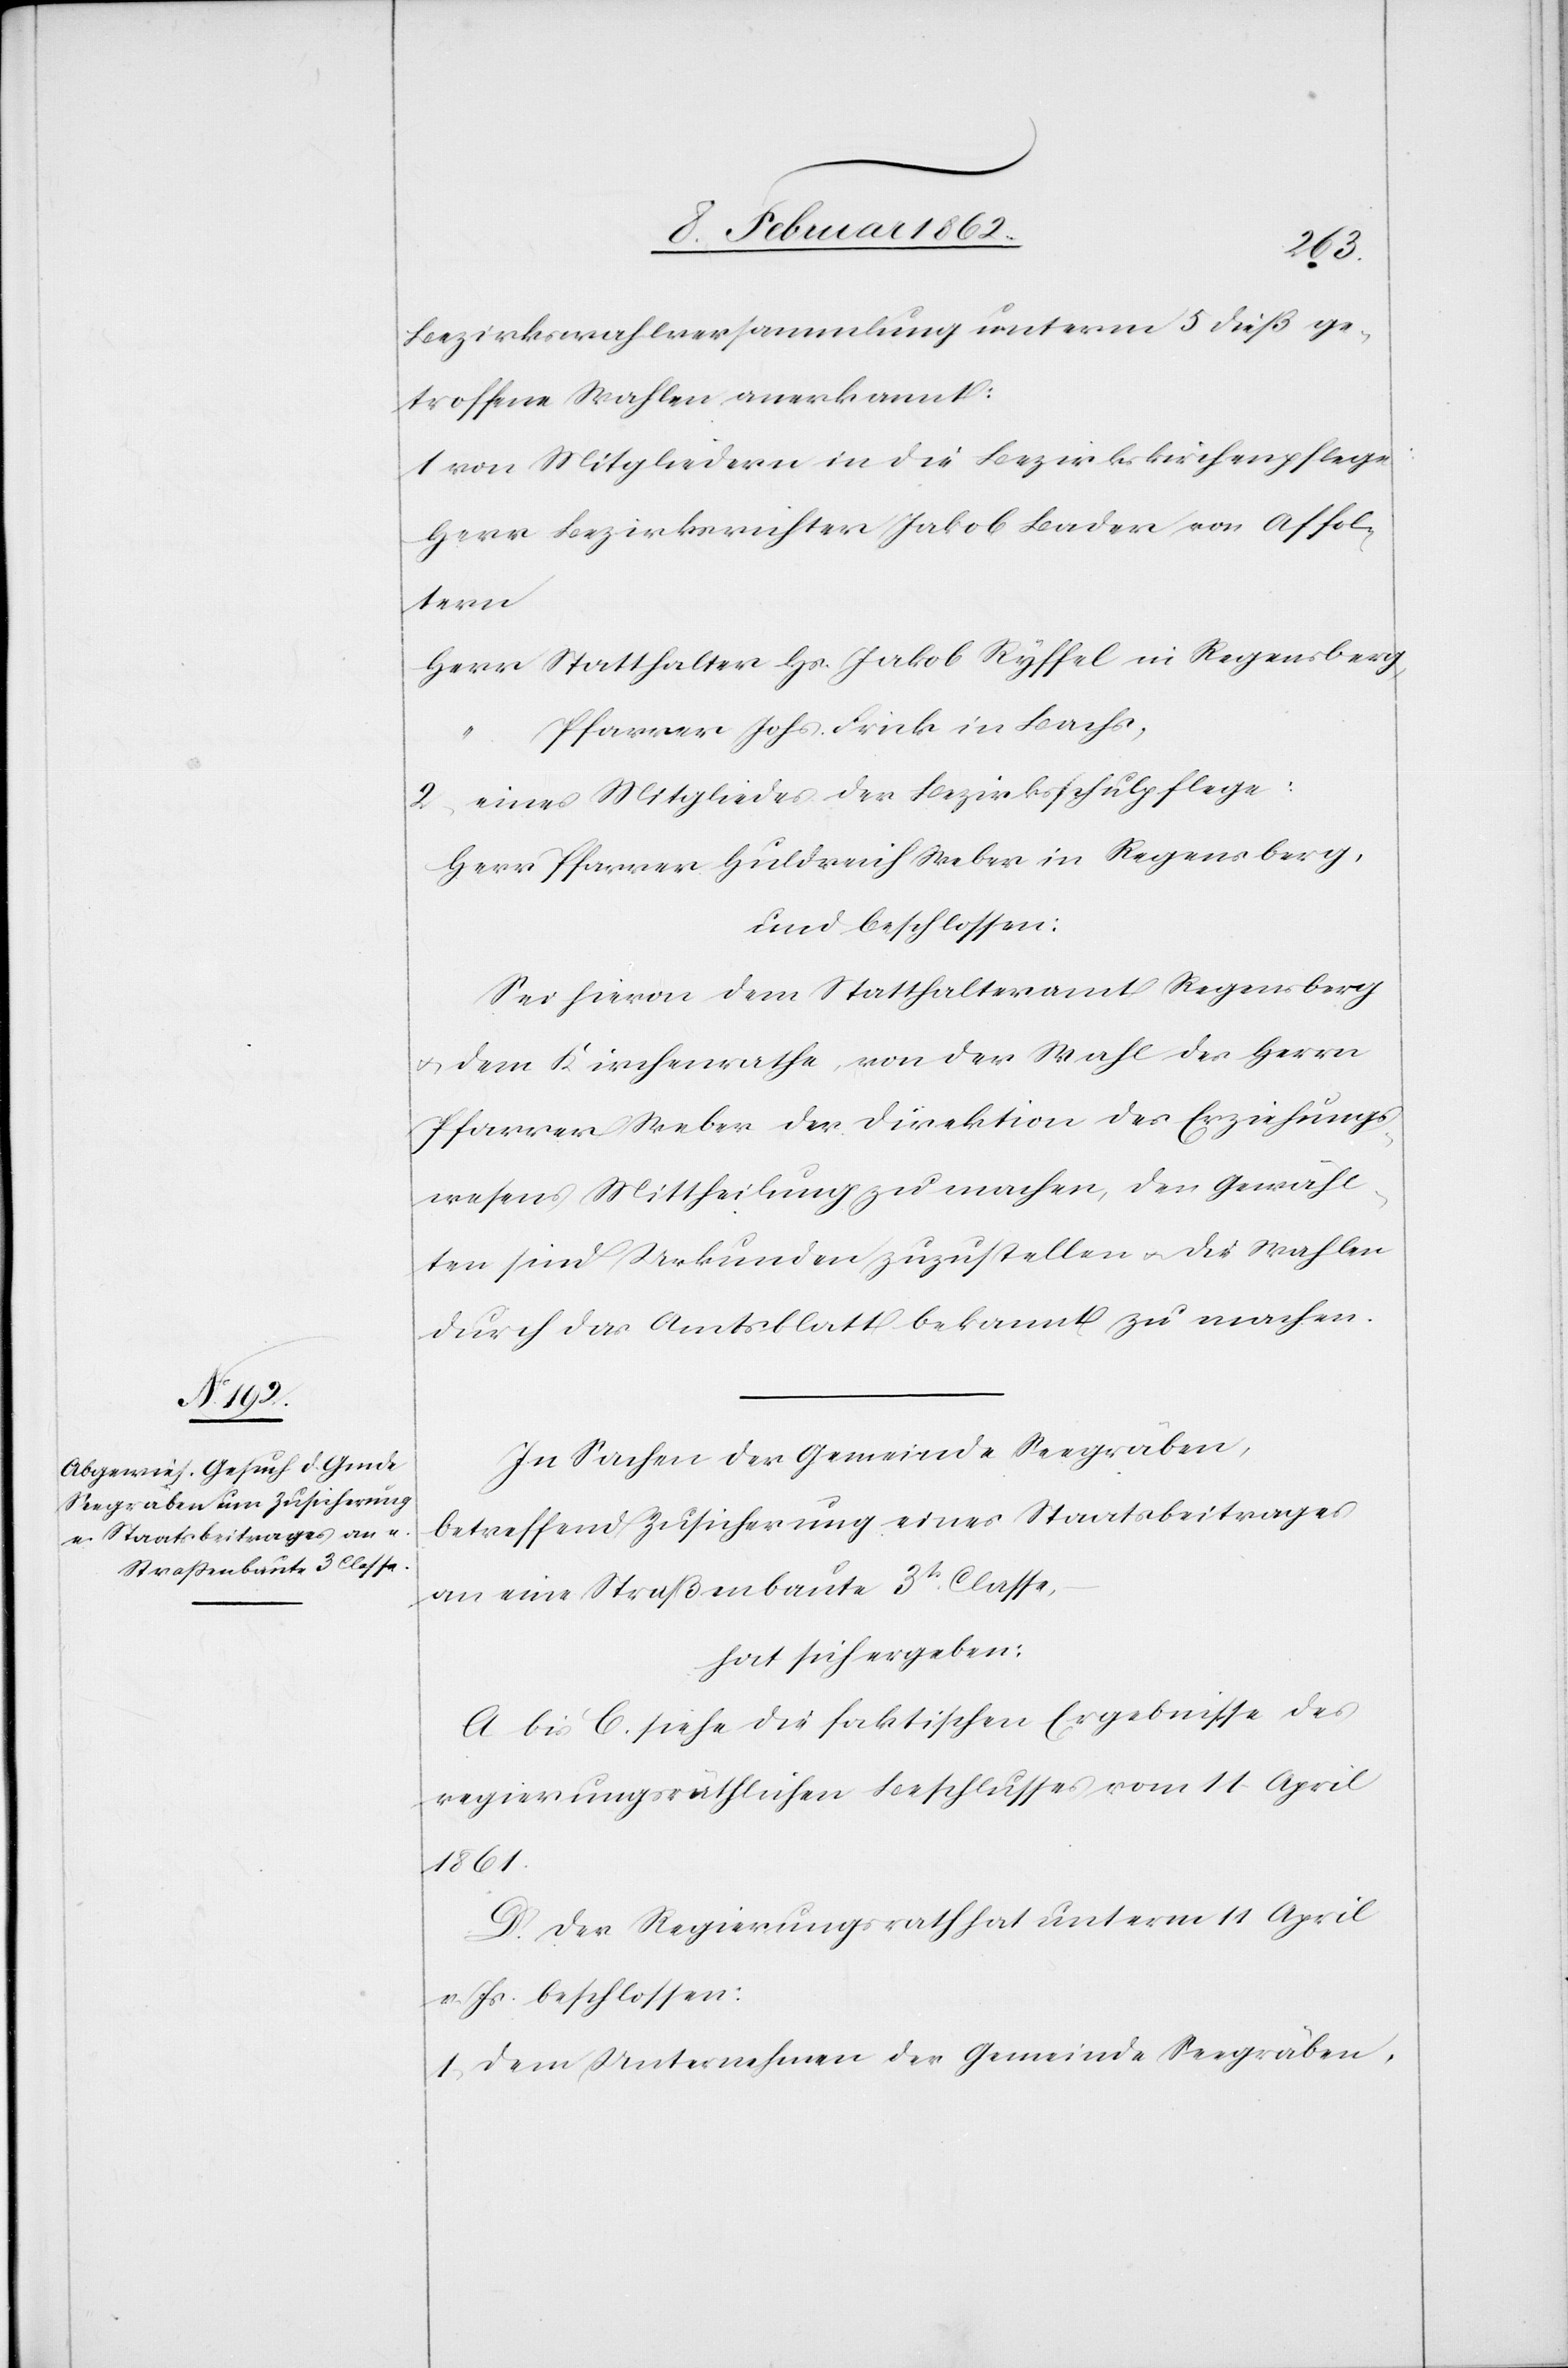
Bezirkswahlversammlung unterm 5 dieß ge¬
troffene Wahlen anerkannt:
1) von Mitgliedern in die Bezirkskirchenpflege:
Herr Bezirksrichter Jakob Bader von Affol¬
tern
Herr Statthalter Hs. Jakob Ryffel in Regensberg,
Pfarrer Johs. Frick in Bachs,
2) eines Mitgliedes der Bezirksschulpflege:
Herr Pfarrer Huldreich Weber in Regensberg,
und beschlossen:
Sei hievon dem Statthalteramt Regensberg
u. dem Kirchenrathe, von der Wahl des Herrn
Pfarrer Weber der Direktion des Erziehungs¬
wesens Mittheilung zu machen, den Gewähl¬
ten sind Urkunden zuzustellen u. die Wahlen
durch das Amtsblatt bekannt zu machen.
In Sachen der Gemeinde Seegräben,
betreffend Zusicherung eines Staatsbeitrages
an eine Straßenbaute 3t. Classe,
hat sich ergeben:
A bis C. siehe die faktischen Ergebnisse des
regierungsräthlichen Beschlusses vom 11 April
1861.
D. Der Regierungsrath hat unterm 11 April
v. Js. beschlossen:
1. Dem Unternehmen der Gemeinde Seegräben,